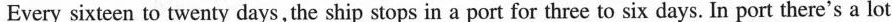
Every sixteen to twenty days,the ship stops in a port for three to six days. In port there's a lot